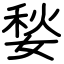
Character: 媝